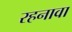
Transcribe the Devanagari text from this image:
रहनावा